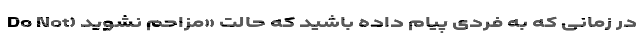
در زمانی که به فردی پیام داده باشید که حالت «مزاحم نشوید (Do Not